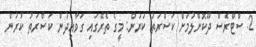
2. ސްޓްރެސް ދޫކޮށްލުމަށް ކަސްރަތު ކުރުން: މީގެ ތެރޭގައި ގަވާއިދުން ކަސްރަތު ކުރުން